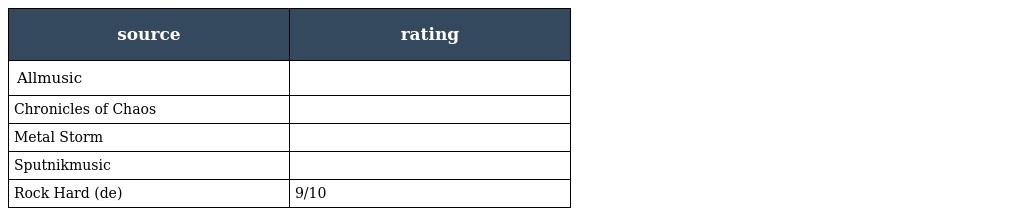
| source | rating |
 | --- | --- |
 | Allmusic |  |
 | Chronicles of Chaos |  |
 | Metal Storm |  |
 | Sputnikmusic |  |
 | Rock Hard (de) | 9/10 |